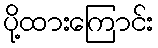
ပို့ထားကြောင်း